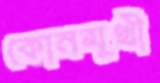
কোনমুখী